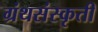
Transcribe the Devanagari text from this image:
ग्रंथसंस्कृती